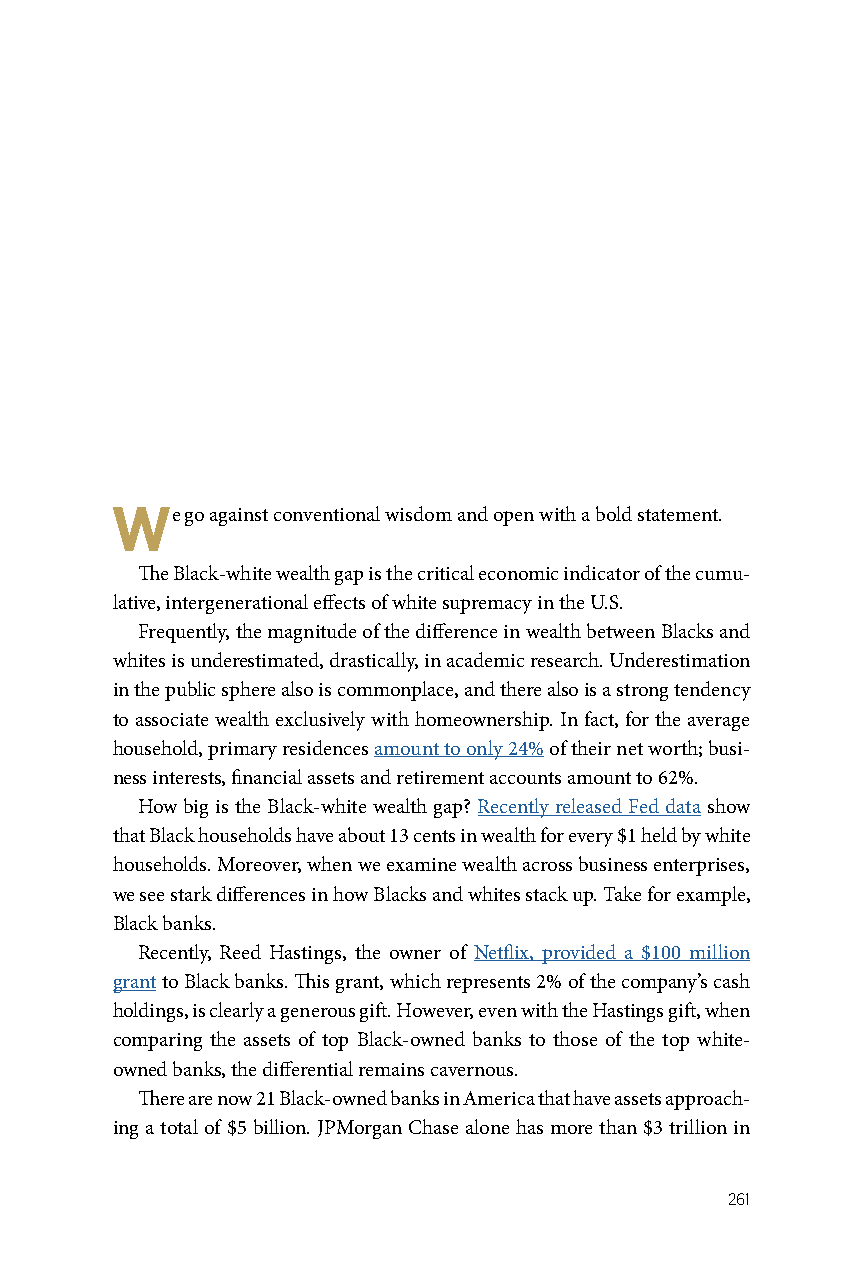
We   go against conventional wisdom and open with a bold statement.
 The Black-white wealth gap is the critical economic indicator of the cumu-
 lative, intergenerational effects of white supremacy in the U.S.
 Frequently, the magnitude of the difference in wealth between Blacks and
 whites is underestimated, drastically, in academic research. Underestimation
 in the public sphere also is commonplace, and there also is a strong tendency
 to associate wealth exclusively with homeownership. In fact, for the average
 household, primary residences amount to only 24% of their net worth; busi-
 ness interests, financial assets and retirement accounts amount to 62%.
 How big is the Black-white wealth gap? Recently released Fed data show
 that Black households have about 13 cents in wealth for every $1 held by white
 households. Moreover, when we examine wealth across business enterprises,
 we see stark differences in how Blacks and whites stack up. Take for example,
 Black banks.
 Recently, Reed Hastings, the owner of Netflix, provided a $100 million
 grant to Black banks. This grant, which represents 2% of the company’s cash
 holdings, is clearly a generous gift. However, even with the Hastings gift, when
 comparing the assets of top Black-owned banks to those of the top white-
 owned banks, the differential remains cavernous.
 There are now 21 Black-owned banks in America that have assets approach-
 ing a total of $5 billion. JPMorgan Chase alone has more than $3 trillion in
 261